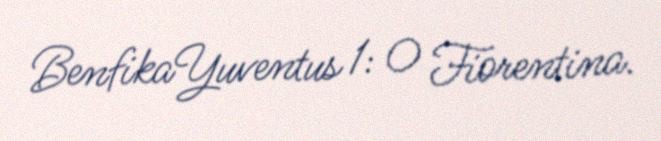
BenfikaYuventus 1: 0 Fiorentina.